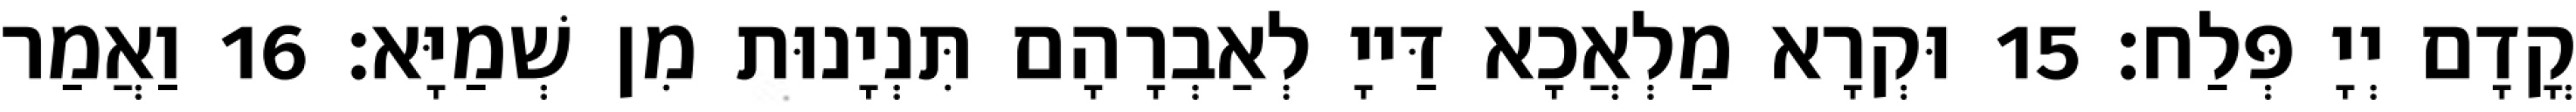
קֳדָם יְיָ פְּלַח׃ 15 וּקְרָא מַלְאֲכָא דַּייָ לְאַבְרָהָם תִּנְיָנוּת מִן שְׁמַיָּא׃ 16 וַאֲמַר